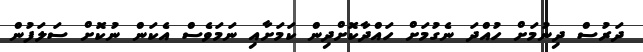
ދަރުސް ދިނުމަށް ހުއްދަ ނެގުމަށް ހައްދާކޮށްދިން ކަމަށާއި ނަމަވެސް އެކަން ނުކޮށް ސަލަފުން